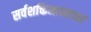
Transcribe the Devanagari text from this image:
सर्वशक्तिमानाच्या